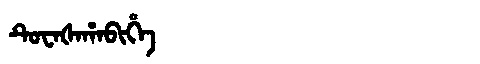
Manchu: ᡨᡠᠸᠠᡧᠠᡥᠠᠪᡳᡥᡝ
Romanization: TUWAŠAHABIHE